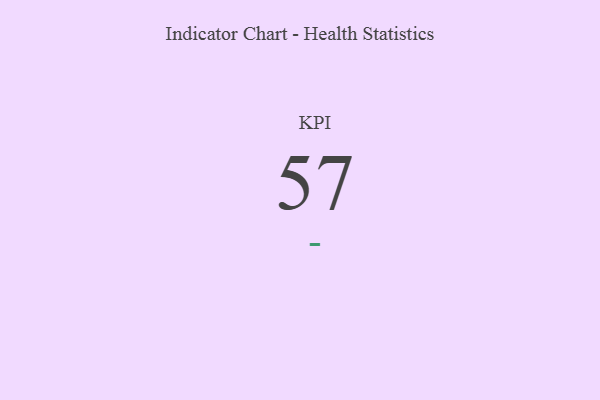
{"axis": {"x": "KPI", "y": "Value"}, "legend": [""], "data": [{"x": "KPI", "y": 57, "type": ""}]}